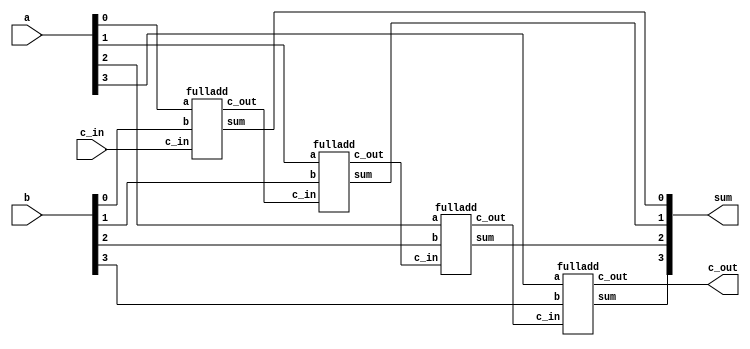
module fulladd4(sum,c_out,a,b,c_in);
output [3:0]sum;
output c_out;
input [3:0]a;
input [3:0]b;
input c_in;
wire c1,c2,c3;
fulladd f1(sum[0],c1,a[0],b[0],c_in);
fulladd f2(sum[1],c2,a[1],b[1],c1);
fulladd f3(sum[2],c3,a[2],b[2],c2);
fulladd f4(sum[3],c_out,a[3],b[3],c3);
endmodule

module fulladd(sum,c_out,a,b,c_in);
output sum,c_out;
input a,b,c_in;
xor#(5) x1(s1,a,b);
xor#(5) x2(sum,s1,c_in);
and#(3) a1(c1,a,b);
and#(3) a2(s2,c_in,s1);
or#(2) o1(c_out,s2,c1);
endmodule